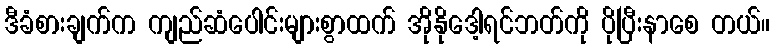
ဒီခံစားချက်က ကျည်ဆံပေါင်းများစွာထက် အိုနိုဒေါ့ရင်ဘတ်ကို ပိုပြီးနာစေ တယ်။